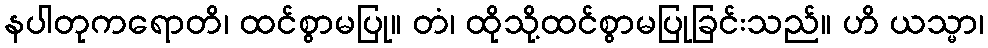
နပါတုကရောတိ၊ ထင်စွာမပြု။ တံ၊ ထိုသို့ထင်စွာမပြုခြင်းသည်။ ဟိ ယသ္မာ၊